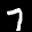
Label: 7